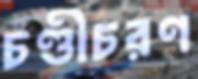
চণ্ডীচরণ